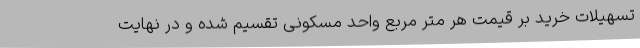
تسهیلات خرید بر قیمت هر متر مربع واحد مسکونی تقسیم شده و در نهایت